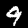
Digit: 9